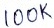
Text: 100K